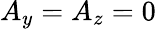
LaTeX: A_{y}=A_{z}=0